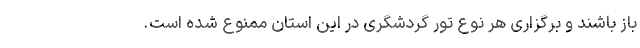
باز باشند و برگزاری هر نوع تور گردشگری در این استان ممنوع شده است.